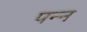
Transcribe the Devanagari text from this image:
पन्न